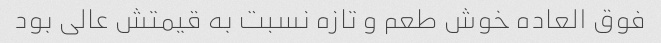
فوق العاده خوش طعم و تازه نسبت به قیمتش عالی بود